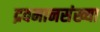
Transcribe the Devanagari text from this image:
द्रवमानसंख्या